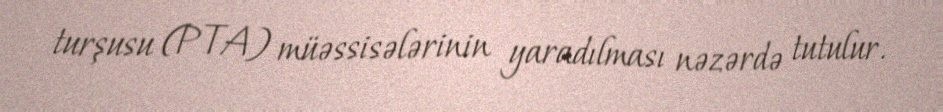
turşusu (PTA) müəssisələrinin yaradılması nəzərdə tutulur.